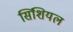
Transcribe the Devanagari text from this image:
सिंशियल